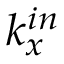
k _ { x } ^ { i n }